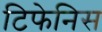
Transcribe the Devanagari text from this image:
टिफेनिस